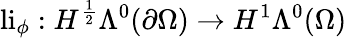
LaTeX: \mathrm{li}_{\phi}:H^{\frac{1}{2}}\Lambda^{0}(\partial\Omega)\to H^{1}\Lambda^{0}(\Omega)